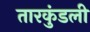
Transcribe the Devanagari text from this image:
तारकुंडली